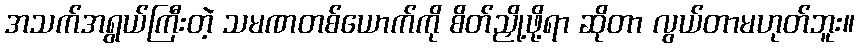
အသက်အရွယ်ကြီးတဲ့ သမဏတစ်ယောက်ကို စိတ်ညှို့ဖို့ရာ ဆိုတာ လွယ်တာမဟုတ်ဘူး။